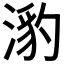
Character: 𭱯